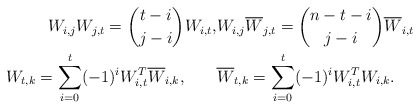
\begin{align*}\begin{aligned}W_{i,j}W_{j,t}=\binom{t-i}{j-i}W_{i,t},& W_{i,j}\overline W_{j,t}=\binom{n-t-i}{j-i}\overline W_{i,t}\\W_{t,k}=\sum_{i=0}^t(-1)^iW_{i,t}^T\overline W_{i,k}, \qquad& \overline W_{t,k}=\sum_{i=0}^t(-1)^iW_{i,t}^TW_{i,k}.\end{aligned}\end{align*}